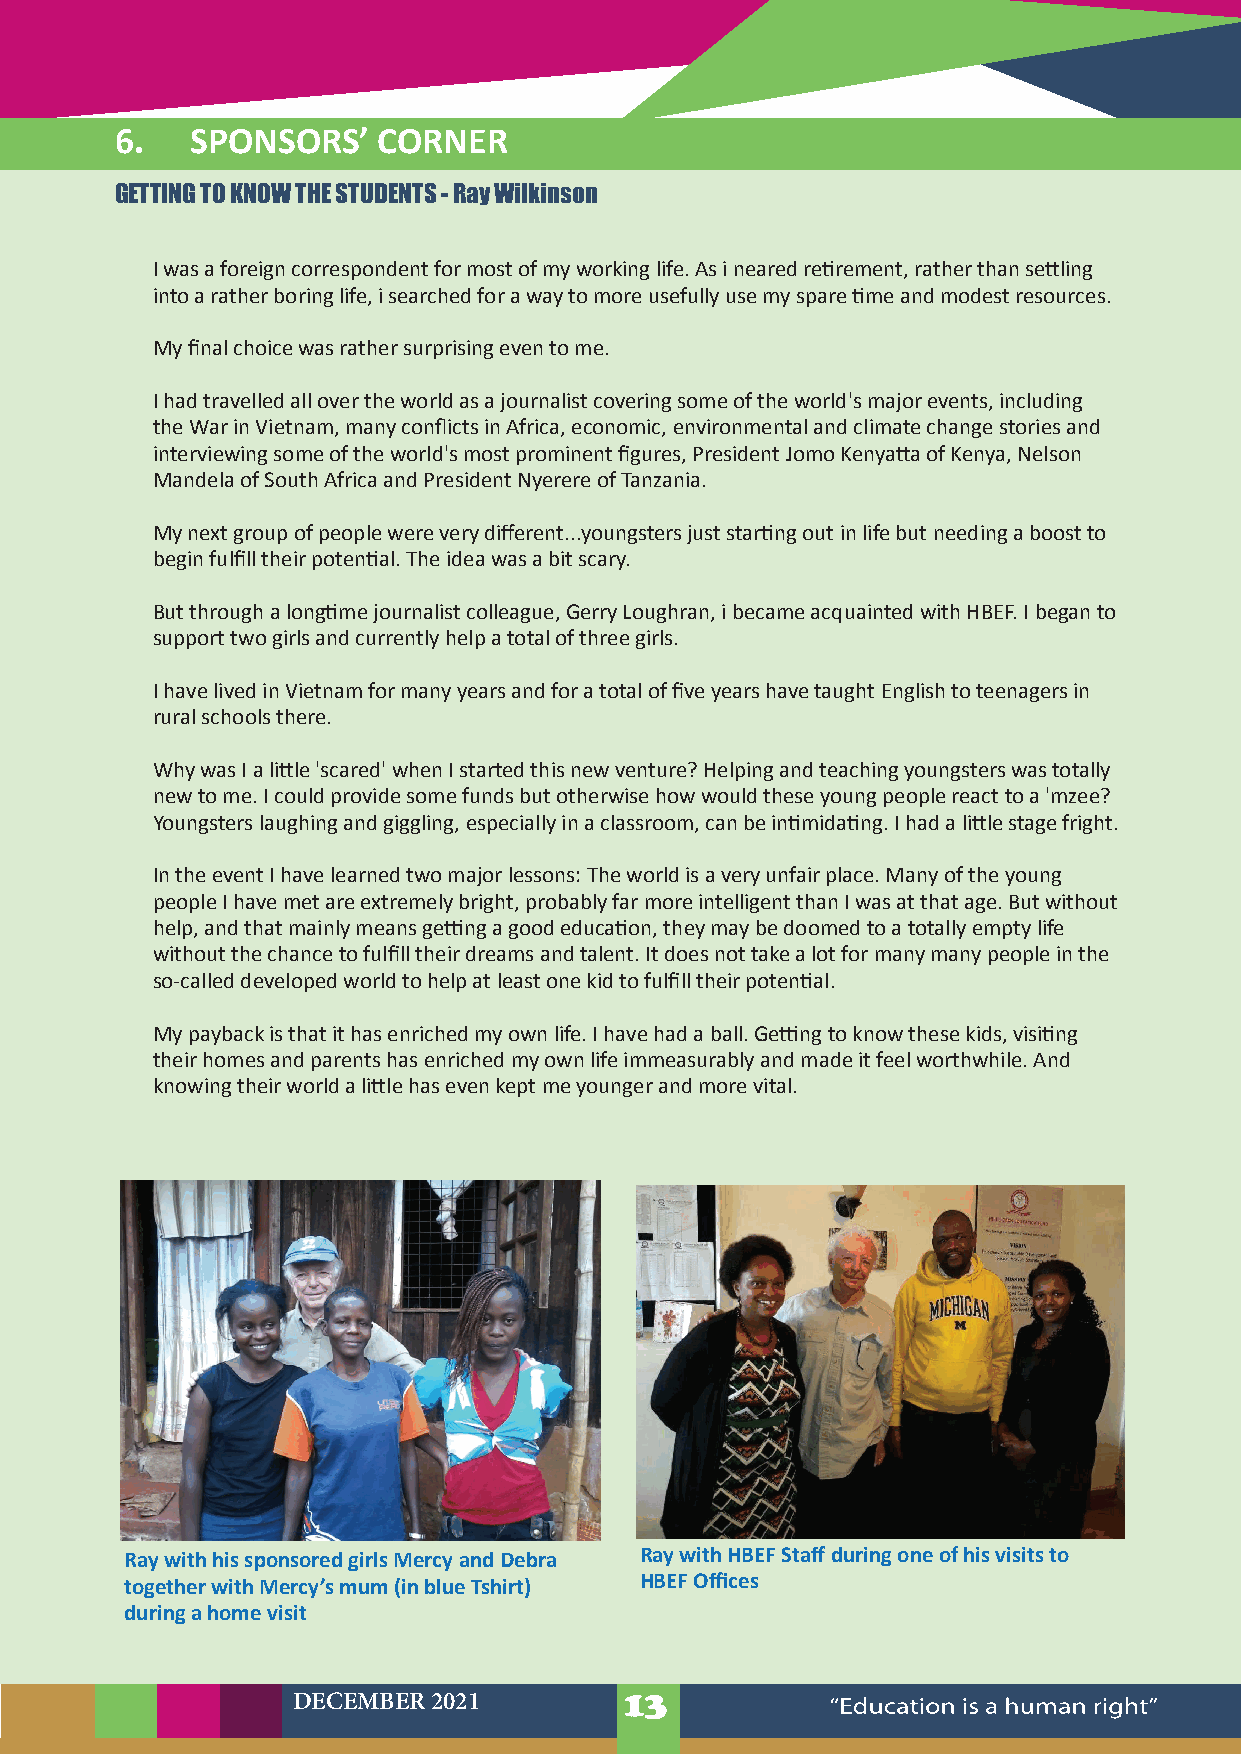
6.   SPONSORS’   CORNER
 GETTING TO KNOW THE STUDENTS - Ray Wilkinson
 I was a foreign correspondent for most of my working life. As i neared retirement, rather than settling
 into a rather boring life, i searched for a way to more usefully use my spare time and modest resources.
 My final choice was rather surprising even to me.
 I had travelled all over the world as a journalist covering some of the world's major events, including
 the War in Vietnam, many conflicts in Africa, economic, environmental and climate change stories and
 interviewing some of the world's most prominent figures, President Jomo Kenyatta of Kenya, Nelson
 Mandela of South Africa and President Nyerere of Tanzania.
 My next group of people were very different...youngsters just starting out in life but needing a boost to
 begin fulfill their potential. The idea was a bit scary.
 But through a longtime journalist colleague, Gerry Loughran, i became acquainted with HBEF. I began to
 support two girls and currently help a total of three girls.
 I have lived in Vietnam for many years and for a total of five years have taught English to teenagers in
 rural schools there.
 Why was I a little 'scared' when I started this new venture? Helping and teaching youngsters was totally
 new to me. I could provide some funds but otherwise how would these young people react to a 'mzee?
 Youngsters laughing and giggling, especially in a classroom, can be intimidating. I had a little stage fright.
 In the event I have learned two major lessons: The world is a very unfair place. Many of the young
 people I have met are extremely bright, probably far more intelligent than I was at that age. But without
 help, and that mainly means getting a good education, they may be doomed to a totally empty life
 without the chance to fulfill their dreams and talent. It does not take a lot for many many people in the
 so-called developed world to help at least one kid to fulfill their potential.
 My payback is that it has enriched my own life. I have had a ball. Getting to know these kids, visiting
 their homes and parents has enriched my own life immeasurably and made it feel worthwhile. And
 knowing their world a little has even kept me younger and more vital.
 Ray with his sponsored girls Mercy and Debra Ray with HBEF Staff during one of his visits to
 together with Mercy’s mum (in blue Tshirt) HBEF Offices
 during a home visit
 DECEMBER 2021         13